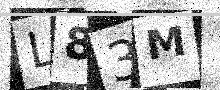
Text: L83M